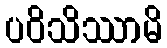
ပဝိသိဿာမိ